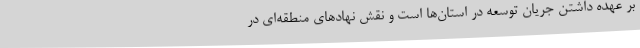
بر عهده داشتن جریان توسعه در استان‌ها است و نقش نهادهای منطقه‌ای در